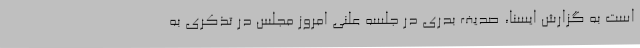
است به گزارش ایسنا، صدیف بدری در جلسه علنی امروز مجلس در تذکری به